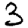
Digit: 3